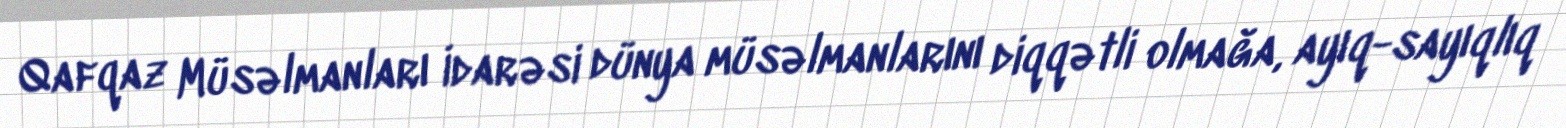
Qafqaz Müsəlmanları İdarəsi dünya müsəlmanlarını diqqətli olmağa, ayıq-sayıqlıq